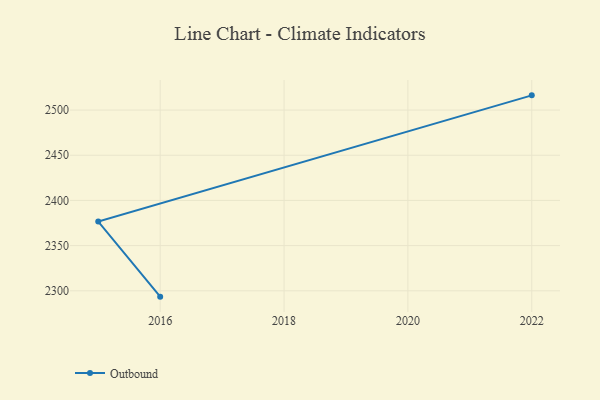
{"axis": {"x": "Year", "y": "Active Users"}, "legend": ["Outbound"], "data": [{"x": "2016", "y": 2293.5, "type": "Outbound"}, {"x": "2015", "y": 2376.6, "type": "Outbound"}, {"x": "2022", "y": 2516.3, "type": "Outbound"}]}